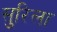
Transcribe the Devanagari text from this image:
सुरिला